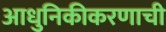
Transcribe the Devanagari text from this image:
आधुनिकीकरणाची